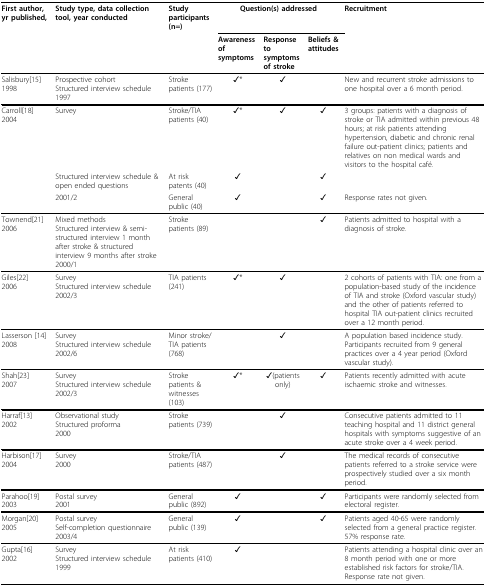
| First author, yr published, | Study type, data collection tool, year conducted | Study participants (n=) | <COLSPAN=3> Question(s) addressed | Recruitment |
 |  |  |  | Awareness of symptoms | Response to symptoms of stroke | Beliefs & attitudes |  |
 | --- | --- | --- | --- | --- | --- | --- |
 | Salisbury[15]1998 | Prospective cohortStructured interview schedule1997 | Stroke patients (177) | ✓* | ✓ |  | New and recurrent stroke admissions to one hospital over a 6 month period. |
 | Carroll[18]2004 | Survey | Stroke/TIA patients (40) | ✓* | ✓ | ✓ | 3 groups: patients with a diagnosis of stroke or TIA admitted within previous 48 hours; at risk patients attending hypertension, diabetic and chronic renal failure out-patient clinics; patients and relatives on non medical wards and visitors to the hospital café. |
 |  | Structured interview schedule & open ended questions | At risk patents (40) | ✓ |  | ✓ |  |
 |  | 2001/2 | General public (40) | ✓ |  | ✓ | Response rates not given. |
 | Townend[21]2006 | Mixed methodsStructured interview & semi-structured interview 1 month after stroke & structured interview 9 months after stroke2000/1 | Stroke patients (89) |  |  | ✓ | Patients admitted to hospital with a diagnosis of stroke. |
 | Giles[22]2006 | SurveyStructured interview schedule2002/3 | TIA patients (241) | ✓* | ✓ |  | 2 cohorts of patients with TIA: one from a population-based study of the incidence of TIA and stroke (Oxford vascular study) and the other of patients referred to hospital TIA out-patient clinics recruited over a 12 month period. |
 | Lasserson [14] 2008 | SurveyStructured interview schedule2002/6 | Minor stroke/TIA patients (768) |  | ✓ |  | A population based incidence study. Participants recruited from 9 general practices over a 4 year period (Oxford vascular study). |
 | Shah[23]2007 | SurveyStructured interview schedule2002/3 | Stroke patients & witnesses (103) | ✓* | ✓(patients only) | ✓ | Patients recently admitted with acute ischaemic stroke and witnesses. |
 | Harraf[13]2002 | Observational studyStructured proforma2000 | Stroke patients (739) |  | ✓ |  | Consecutive patients admitted to 11 teaching hospital and 11 district general hospitals with symptoms suggestive of an acute stroke over a 4 week period. |
 | Harbison[17]2004 | Survey2000 | Stroke/TIA patients (487) |  | ✓ |  | The medical records of consecutive patients referred to a stroke service were prospectively studied over a six month period. |
 | Parahoo[19]2003 | Postal survey2001 | General public (892) | ✓ |  | ✓ | Participants were randomly selected from electoral register. |
 | Morgan[20]2005 | Postal surveySelf-completion questionnaire2003/4 | General public (139) | ✓ |  | ✓ | Patients aged 40-65 were randomly selected from a general practice register.57% response rate. |
 | Gupta[16]2002 | SurveyStructured interview schedule1999 | At risk patients (410) | ✓ |  |  | Patients attending a hospital clinic over an 8 month period with one or more established risk factors for stroke/TIA.Response rate not given. |